Madras plague regulations in force outside the Presidency town - Volume 3
Disease focus: Plague
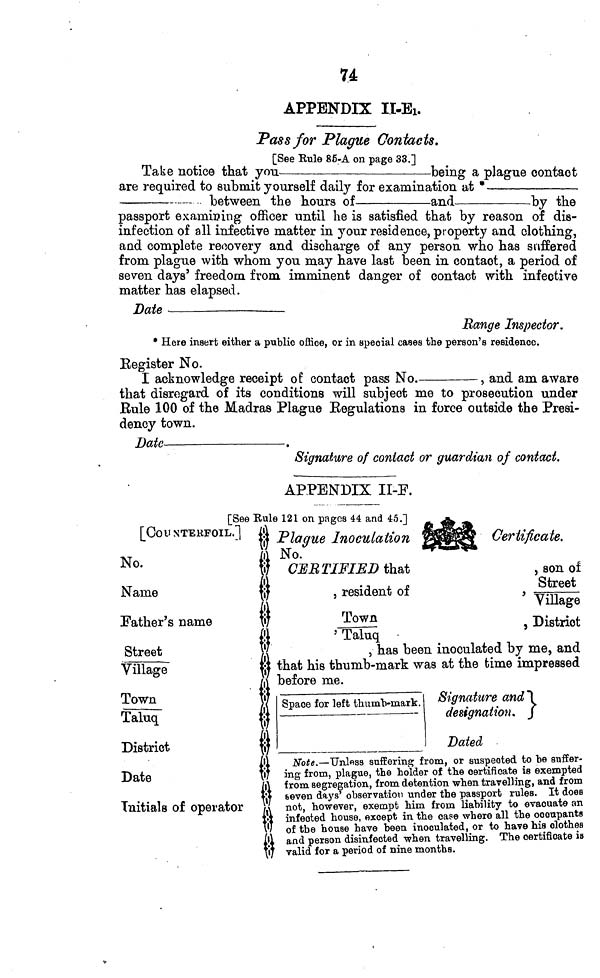
u
APPENDIX II-Ei.
Pass for Plague Contacts.
[See Rule 86-A on page 33.]
Take notice that you
being a plague contact
are required to submit yourself daily for examination at *
between the hours of
and
by the
passport examining officer until he is satisfied that by reason of dis-
infection of all infective matter in your residence, property and clothing,
and complete recovery and discharge of any person who has suffered
from plague with whom you may have last been in contact, a period of
seven days' freedom from imminent danger of contact with infective
matter has elapsed.
Date
Range Inspector,
* Here insert either a public office, or in special cases the person's residence.
Register No.
I acknowledge receipt of contact pass No.
, and am aware
that disregard of its conditions will subject me to prosecution under
Bule 100 of the Madras Plague Regulations in force outside the Presi-
dency town.
Date
.
Signature of contact or guardian of contact.
APPENDIX II-! 1 .
fSee Rule 121 on naecs 44 and 45.1
jt*. _
[COUNTEKFOIL.~J
No.
Name
Father's name
Street
Village
Town
fakiqf
District
Date
Initials of operator
is Plague Inoculation ? fifr
Certificate.
M No.
*™ "-
\f CERTIFIED that
, son of
§
., , .
Street
, resident of
, ==_
M
ViUage
W
Town
, District
£1
' Taluq
w
5 has been inoculated by me, and
W that his thumb-mark was at the time impressed
i before me.
. Space for left thuinb-mark.
I
Signature and~\
designation* ]
¡I
Dated
§ Note.— Unless suffering from, or suspected to be suffer-
ing from, plague, the holder of the certificate is exempted
tfrom segregation, from detention when travelling, and from
seven days' observation under the passport rules. It does
/\ not, however, exempt him from liability to evacuate an
M infected house, except in the case where all the occupants
v'J of the house have been inoculated, or to have his clothes
§and person disinfected when travelling. The certificate is
valid for a period of nine months.